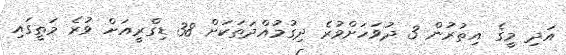
އަދި މީގެ އިތުރުން 3 ދުވަހަށްވުރެ ދިގުމުއްދަތަކަށް 38 ޑިގްރީއަށް ވުރެ މަތީގައި